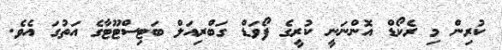
ކުރިން މި ރެކޯޑް އޮންނަނީ ކުރީގެ ފޯވަޑް ގަބްރިއަލް ބަޓިސްޓޫޓާގެ އަތުގަ އެވެ.